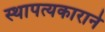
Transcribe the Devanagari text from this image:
स्थापत्यकाराने